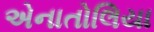
એનાતોલિયા